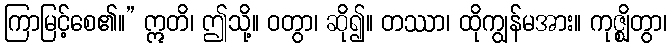
ကြာမြင့်စေ၏။” ဣတိ၊ ဤသို့။ ဝတွာ၊ ဆို၍။ တဿာ၊ ထိုကျွန်မအား။ ကုဇ္ဈိတွာ၊